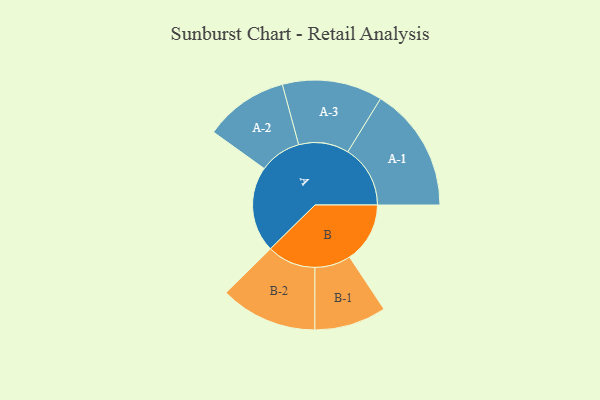
{"axis": {"x": "Segment", "y": "Value"}, "legend": ["", "A", "B"], "data": [{"x": "A", "y": 334, "type": ""}, {"x": "B", "y": 235, "type": ""}, {"x": "A-1", "y": 243, "type": "A"}, {"x": "A-2", "y": 163, "type": "A"}, {"x": "A-3", "y": 195, "type": "A"}, {"x": "B-1", "y": 140, "type": "B"}, {"x": "B-2", "y": 189, "type": "B"}]}